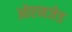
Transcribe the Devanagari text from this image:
ओएनजेड